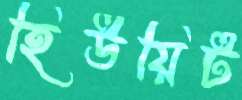
হিউয়িট